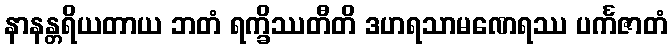
နာနန္တရိယတာယ ဘတံ ရက္ခိဿတီတိ ဒဟရသာမဏေရဿ ပင်္ကဇာတံ